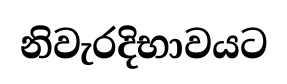
නිවැරදිභාවයට